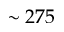
\sim 2 7 5